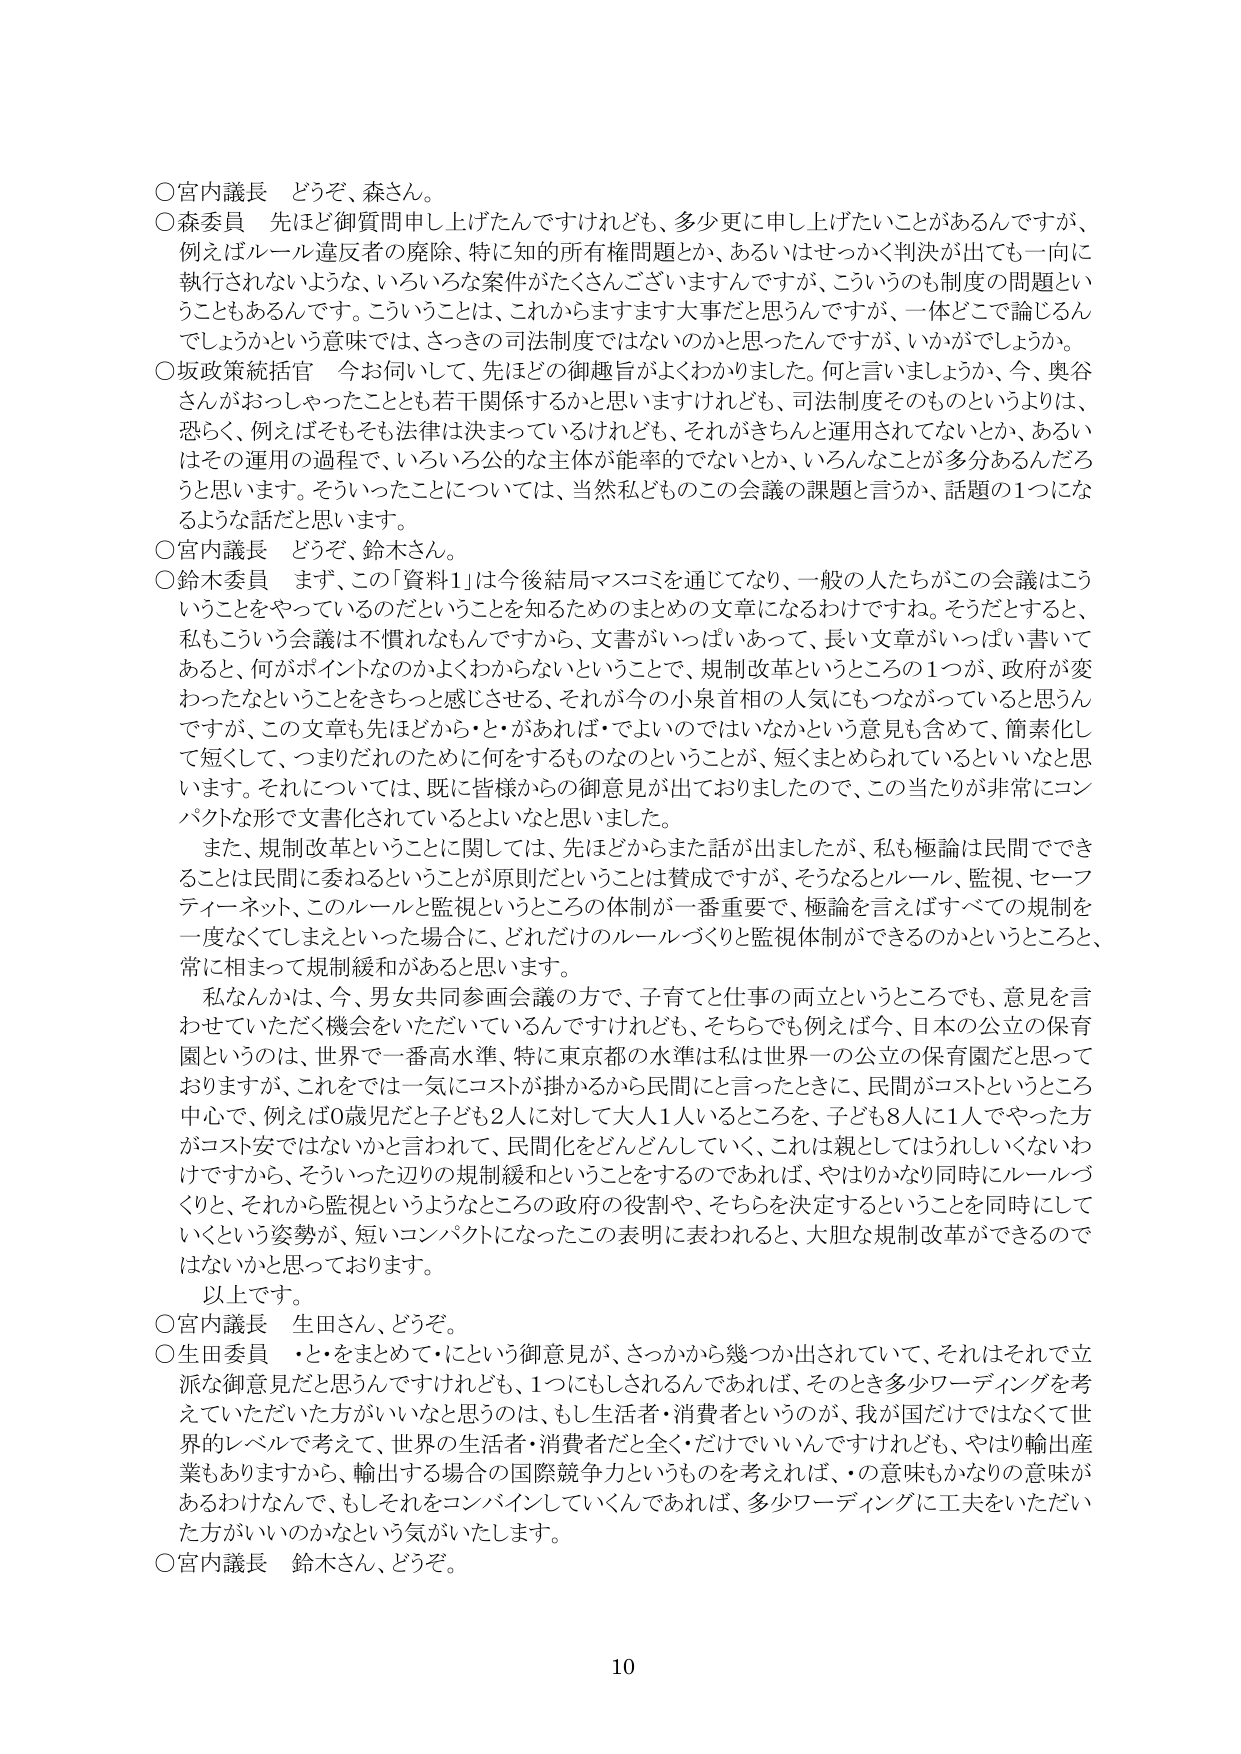
○宮内議長 どうぞ、森さん。

○森委員 先ほど御質問申し上げたんですけれども、多少更に申し上げたいことがあるんですが、例えばルール違反者の廃除、特に知的所有権問題とか、あるいはせっかく判決が出ても一向に執行されないような、いろいろな案件がたくさんございますんですが、こういうのも制度の問題ということもあるんです。こういうことは、これからますます大事だと思うんですが、一体どこで論じるんでしょうかという意味では、さっきの司法制度ではないのかと思ったんですが、いかがでしょうか。

○坂政策統括官 今お伺いして、先ほどの御趣旨がよくわかりました。何と言いましょうか、今、奥谷さんがおっしゃったこととも若干関係するかと思いますけれども、司法制度そのものというよりは、恐らく、例えばそもそも法律は決まっているけれども、それがきちんと運用されてないとか、あるいはその運用の過程で、いろいろ公的な主体が能率的でないとか、いろんなことが多分あるんだろうと思います。そういったことについては、当然私どものこの会議の課題と言うか、話題の1つになるような話だと思います。

○宮内議長 どうぞ、鈴木さん。

○鈴木委員 まず、この「資料1」は今後結局マスコミを通じてなり、一般の人たちがこの会議はこういうことをやっているのだということを知るためのまとめの文章になるわけですね。そうだとすると、私もこういう会議は不慣れなもんですから、文書がいっぱいあって、長い文章がいっぱい書いてあると、何がポイントなのかよくわからないということで、規制改革というところの1つが、政府が変わったなということもきちっと感じさせる、それが今の小泉首相の人気にもつながっていると思うんですが、この文章も先ほどから・と・があれば・でよいのではないかという意見も含めて、簡素化して短くて、つまりだれのために何をするものなのかということが、短くまとめられているといいなと思います。それについては、既に皆様からの御意見が出ておりましたので、この当たりが非常にコンパクトな形で文書化されているとよいなと思いました。

また、規制改革ということに関しては、先ほどからまた話が出ましたが、私も極論は民間でできることは民間に委ねるということが原則だということは賛成ですが、そうなるとルール、監視、セーフティーネット、このルールと監視というところの体制が一番重要で、極論を言えばすべての規制を一度なくしてしまえといった場合に、どれだけのルールづくりと監視体制ができるのかということと、常に相まって規制緩和があると思います。

私なんかは、今、男女共同参画会議の方で、子育てと仕事の両立というところでも、意見を言わせていただく機会をいただいていますけれども、そちらでも例えば今、日本の公立の保育園というのは、世界で一番高水準、特に東京都の水準は私は世界一の公立の保育園だと思っておりますが、ここでは一気にコストが掛かるから民間にと言ったときに、民間がコストというところ中心で、例えば0歳児だと子ども2人に対して大人1人いるところを、子ども8人に1人でやった方がコスト安ではないかと言われて、民間化をどんどんしていく、これは親としてはうれしくないわけですから、そういった辺りの規制緩和ということをするのであれば、やはりかなり同時にルールづくりと、それから監視というようなところの政府の役割や、そちらを決定するということを同時にしていくという姿勢が、短いコンパクトになったこの表明に表われると、大胆な規制改革ができるのではないかと思っております。

以上です。

○宮内議長 生田さん、どうぞ。

○生田委員 ・と・をまとめて・にという御意見が、さっかから幾つか出されていて、それはそれで立派な御意見だと思うんですけれども、1つにもしされるんであれば、そのとき多少ワーディングを考えていただいた方がいいなと思うのは、もし生活者・消費者というのが、我が国だけではなくて世界的レベルで考えて、世界の生活者・消費者だと全く・だけでいいんですけれども、やはり輸出産業もありますから、輸出する場合の国際競争力というものを考えれば、・の意味もかなりの意味があるわけなんで、もしそれをコンバインしていくんであれば、多少ワーディングに工夫をいただいた方がいいのかなという気がいたします。

○宮内議長 鈴木さん、どうぞ。

10